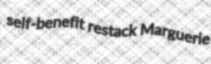
self-benefit restack Marguerie